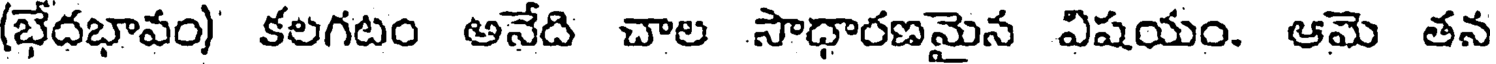
(భేదభావం) కలగటం అనేది చాల సాధారణమైన విషయం. ఆమె తన